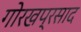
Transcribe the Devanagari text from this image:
गोरखप्रसाद